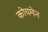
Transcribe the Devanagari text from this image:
कोचमेन